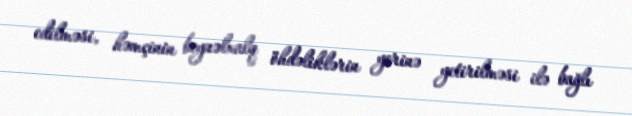
edilməsi, həmçinin beynəlxalq öhdəliklərin yerinə yetirilməsi ilə bağlı